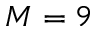
M = 9